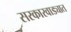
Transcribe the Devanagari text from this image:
सरकारवाड्यात